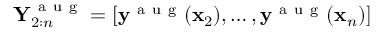
\mathbf { Y } _ { 2 : n } ^ { \mathrm { ~ a ~ u ~ g ~ } } = [ \mathbf { y } ^ { \mathrm { ~ a ~ u ~ g ~ } } ( \mathbf { x } _ { 2 } ) , \dots , \mathbf { y } ^ { \mathrm { ~ a ~ u ~ g ~ } } ( \mathbf { x } _ { n } ) ]